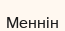
Меннін